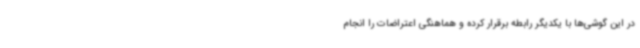
در این گوشی‌ها با یکدیگر رابطه برقرار کرده و هماهنگی اعتراضات را انجام